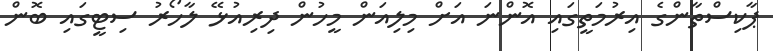
ޕާކިސްތާންގެ އިރުމަތީގައި އޮންނަ އަށް މިލިއަން މީހުން ދިރިއުޅޭ ލާހޯރު ސިޓީގައި ބޮން